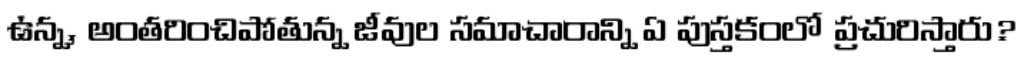
ఉన్న, అంతరించిపోతున్న జీవుల సమాచారాన్ని ఏ పుస్తకంలో ప్రచురిస్తారు?